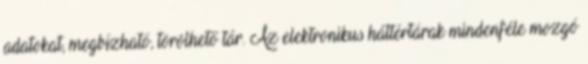
adatokat, megbízható, törölhető tár. Az elektronikus háttértárak mindenféle mozgó